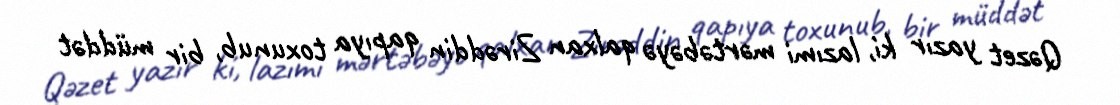
Qəzet yazır ki, lazımi mərtəbəyə qalxan Zirəddin qapıya toxunub, bir müddət